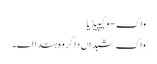
واک - وکیپیڈیا
واک شبداں دا گروہ ہندا اے۔